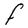
Character: F